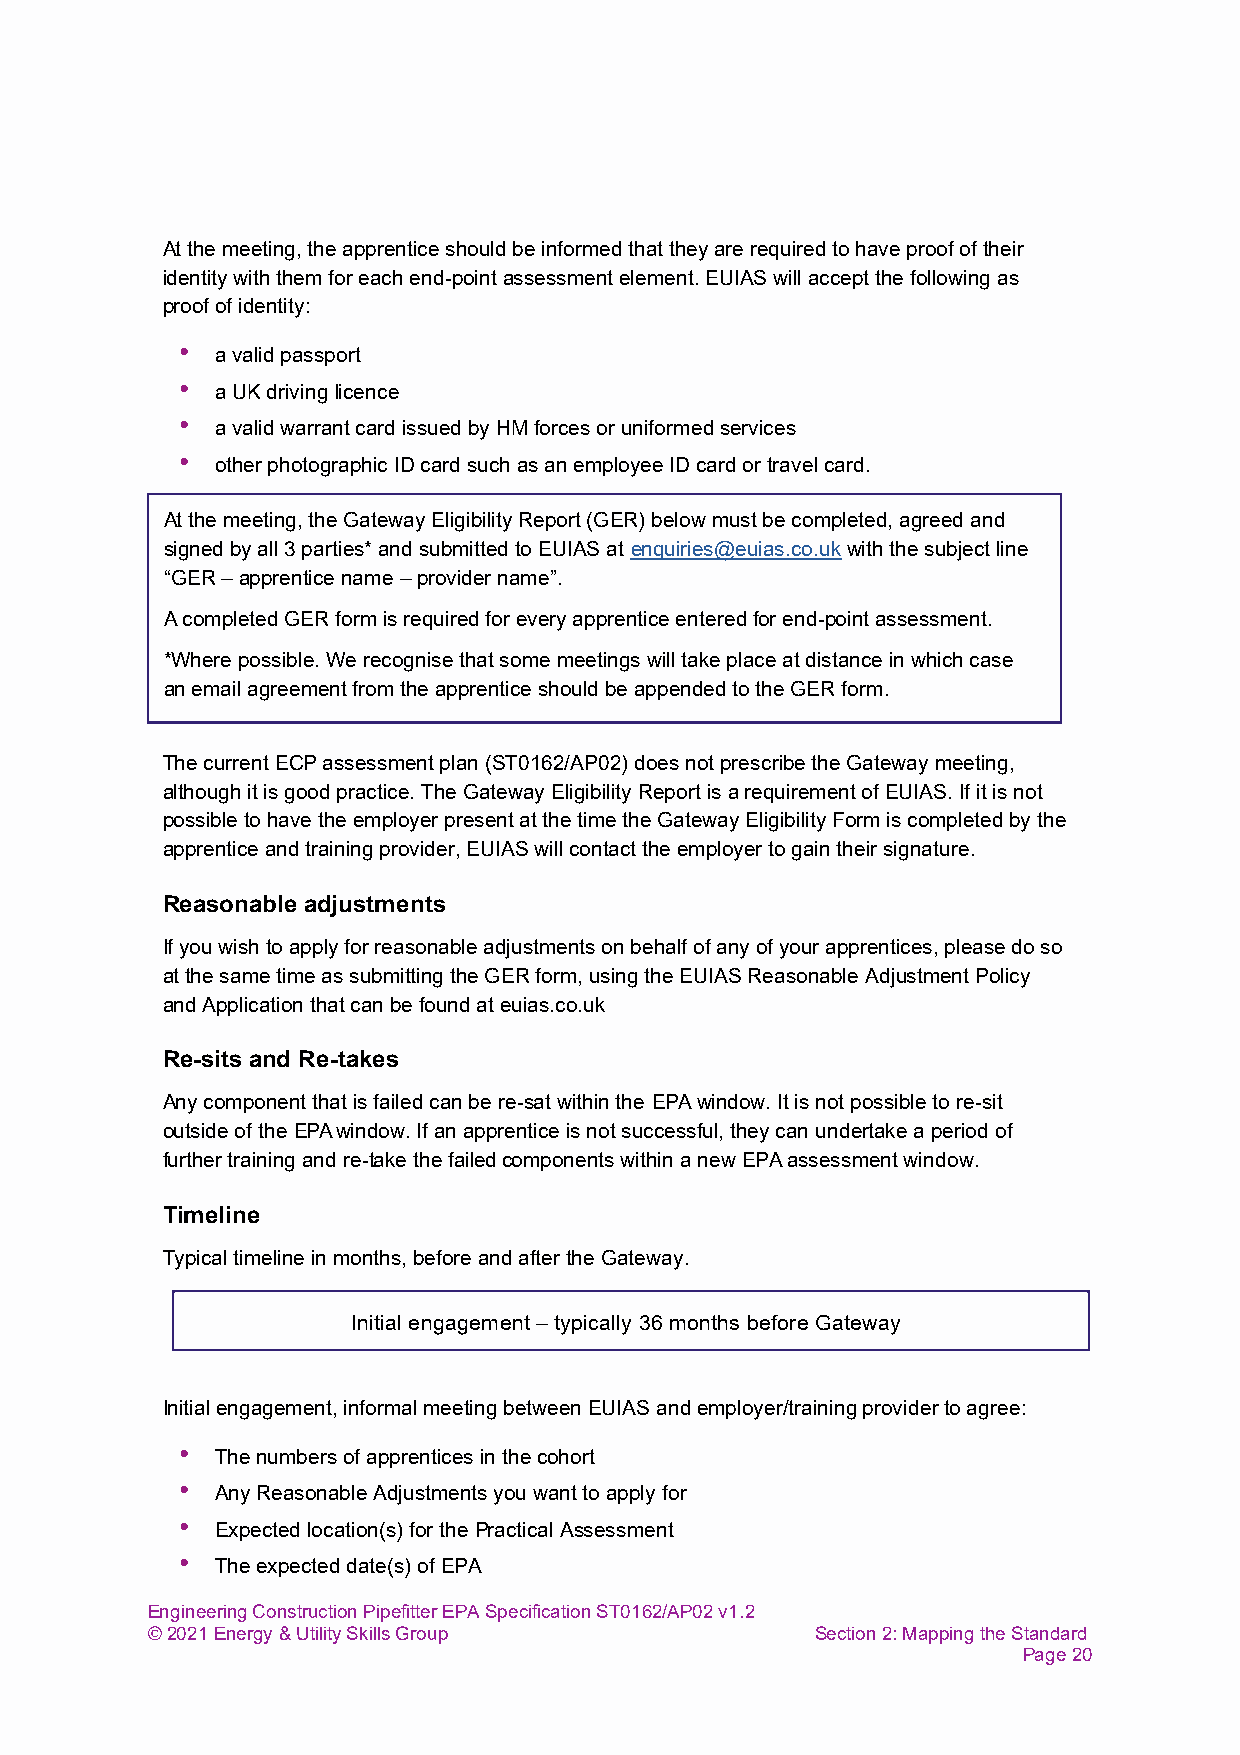
At the meeting, the apprentice should be informed that they are required to have proof of their
 identity with them for each end-point assessment element. EUIAS will accept the following as
 proof of identity:
 • a valid passport
 • a UK driving licence
 • a valid warrant card issued by HM forces or uniformed services
 • other photographic ID card such as an employee ID card or travel card.
 At the meeting, the Gateway Eligibility Report (GER) below must be completed, agreed and
 signed by all 3 parties* and submitted to EUIAS at enquiries@euias.co.uk with the subject line
 “GER – apprentice name – provider name”.
 A completed GER form is required for every apprentice entered for end-point assessment.
 *Where possible. We recognise that some meetings will take place at distance in which case
 an email agreement from the apprentice should be appended to the GER form.
 The current ECP assessment plan (ST0162/AP02) does not prescribe the Gateway meeting,
 although it is good practice. The Gateway Eligibility Report is a requirement of EUIAS. If it is not
 possible to have the employer present at the time the Gateway Eligibility Form is completed by the
 apprentice and training provider, EUIAS will contact the employer to gain their signature.
 Reasonable adjustments
 If you wish to apply for reasonable adjustments on behalf of any of your apprentices, please do so
 at the same time as submitting the GER form, using the EUIAS Reasonable Adjustment Policy
 and Application that can be found at euias.co.uk
 Re-sits and Re-takes
 Any component that is failed can be re-sat within the EPA window. It is not possible to re-sit
 outside of the EPA window. If an apprentice is not successful, they can undertake a period of
 further training and re-take the failed components within a new EPA assessment window.
 Timeline
 Typical timeline in months, before and after the Gateway.
 Initial engagement – typically 36 months before Gateway
 Initial engagement, informal meeting between EUIAS and employer/training provider to agree:
 • The numbers of apprentices in the cohort
 • Any Reasonable Adjustments you want to apply for
 • Expected location(s) for the Practical Assessment
 • The expected date(s) of EPA
 Engineering Construction Pipefitter EPA Specification ST0162/AP02 v1.2
 © 2021 Energy & Utility Skills Group        Section 2: Mapping the Standard
 Page 20